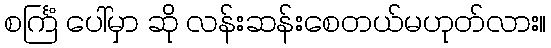
စင်္ကြံ ပေါ်မှာ ဆို လန်းဆန်းစေတယ်မဟုတ်လား။